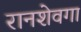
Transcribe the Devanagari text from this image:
रानशेवगा